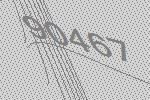
90467